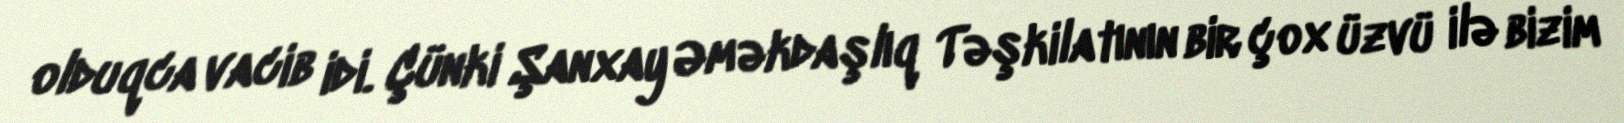
olduqca vacib idi. Çünki Şanxay Əməkdaşlıq Təşkilatının bir çox üzvü ilə bizim